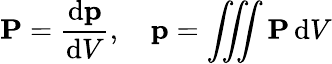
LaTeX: \mathbf{P}={\frac{\mathrm{d}\mathbf{p}}{\mathrm{d}V}},\quad\mathbf{p}=\iiint\mathbf{P}\, \mathrm{d}V